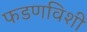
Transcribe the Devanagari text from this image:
फडणविशी